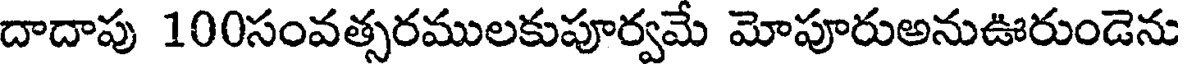
దాదాపు 100సంవత్సరములకుపూర్వమే మోపూరుఅనుఊరుండెను